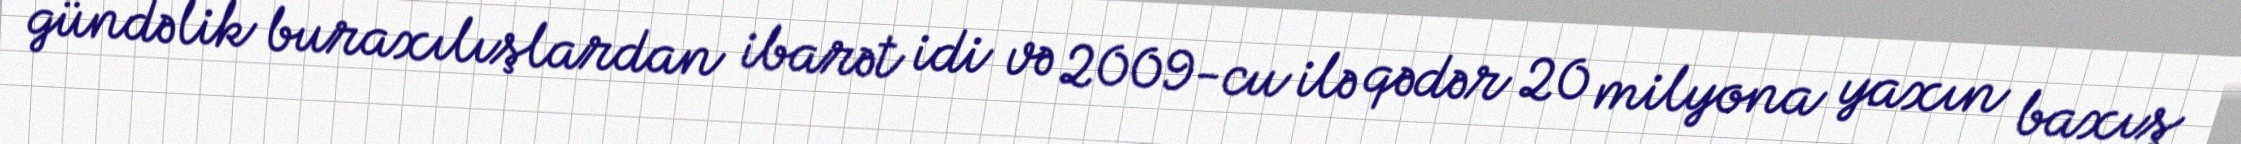
gündəlik buraxılışlardan ibarət idi və 2009-cu ilə qədər 20 milyona yaxın baxış